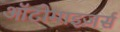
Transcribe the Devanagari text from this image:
ऑटोमाइज़र्स